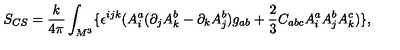
S _ { C S } = \frac k { 4 \pi } \int _ { M ^ { 3 } } \{ \epsilon ^ { i j k } ( A _ { i } ^ { a } ( \partial _ { j } A _ { k } ^ { b } - \partial _ { k } A _ { j } ^ { b } ) g _ { a b } + \frac 2 3 C _ { a b c } A _ { i } ^ { a } A _ { j } ^ { b } A _ { k } ^ { c } ) \} ,